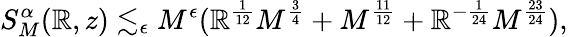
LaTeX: S_{M}^{\alpha}(\mathbb{R},z)\lesssim_{\epsilon}M^{\epsilon}(\mathbb{R}^{\frac{{1}}{{12}}}M^{\frac{{3}}{{4}}}+M^{\frac{{11}}{{12}}}+\mathbb{R}^{-\frac{{1}}{{24}}}M^{\frac{{23}}{{24}}}),